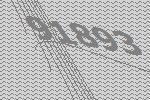
91893